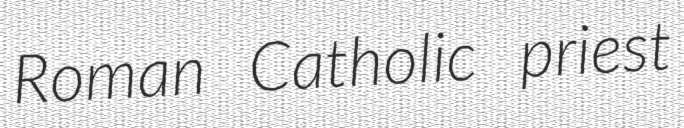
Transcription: Roman Catholic priest